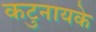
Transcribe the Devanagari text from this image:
कटुनायके